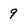
Character: 9